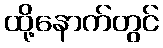
ထို့နောက်တွင်